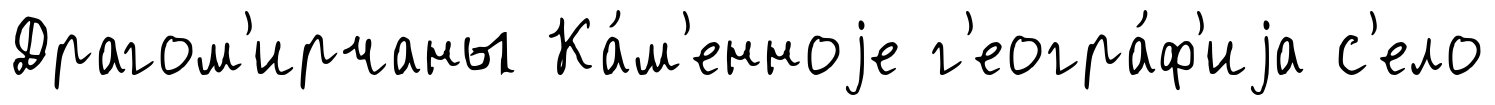
Драгом'ирчаны Ка́м'енноjе г'еогра́ф'иjа с'ело